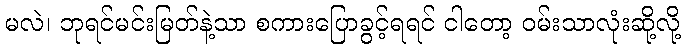
မလဲ၊ ဘုရင်မင်းမြတ်နဲ့သာ စကားပြောခွင့်ရရင် ငါတော့ ဝမ်းသာလုံးဆို့လို့